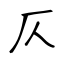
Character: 仄